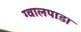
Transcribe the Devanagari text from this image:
ग्वालपाडा